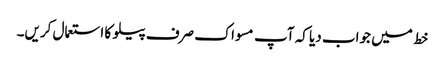
خط میں جواب دیا کہ آپ مسواک صرف پیلو کا استعمال کریں۔